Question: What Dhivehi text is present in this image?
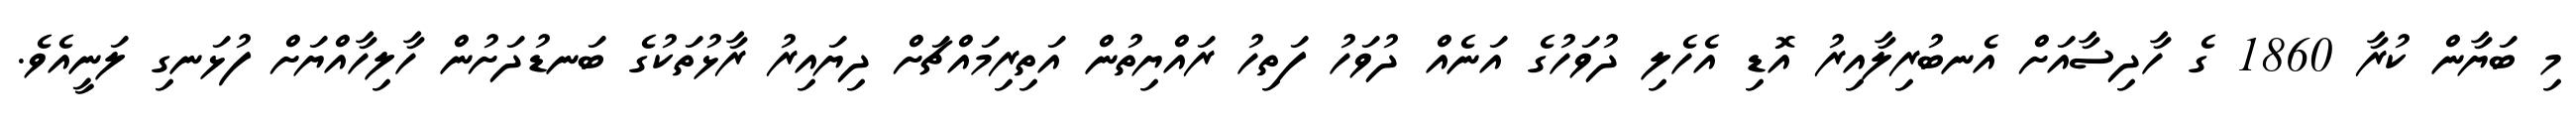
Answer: މި ބަޔާން ކުރާ 1860 ގެ ހާދިސާއަށް އެނބުރިލާއިރު އޮޑި އެހެލި ދުވަހުގެ އަނެއް ދުވަހު ފަތިހު ރައްޔިތުން އަތިރިމައްޗަށް ދިޔައިރު ރާޅުތަކުގެ ބަނޑުދަށުން ހާލިހާއްޔަށް ފުޅަނގި ލަނީއެވެ.